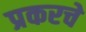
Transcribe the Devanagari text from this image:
प्रकरचे